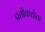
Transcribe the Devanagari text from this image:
प्रतीकहोता